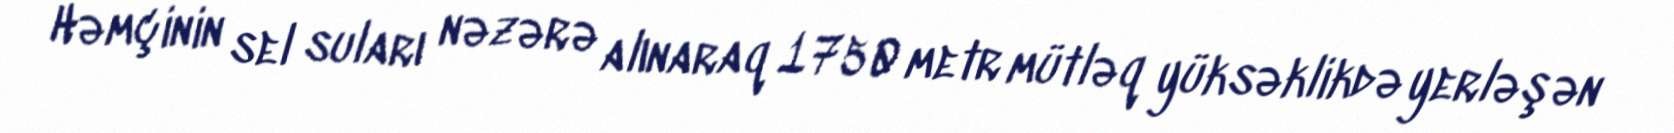
Həmçinin sel suları nəzərə alınaraq 1750 metr mütləq yüksəklikdə yerləşən